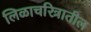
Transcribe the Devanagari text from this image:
लिळाचरित्रातील